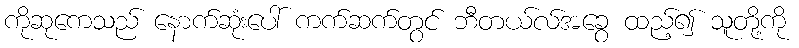
ကိုဆုကေသည် နောက်ဆုံးပေါ် ကက်ဆက်တွင် ဘီတယ်လ်အခွေ ထည့်၍ သူတို့ကို